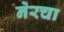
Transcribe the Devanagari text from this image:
नेरचा